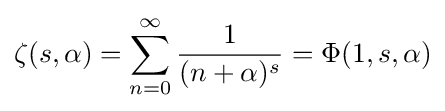
\zeta (s,\alpha )=\sum _{n=0}^{\infty }{\frac {1}{(n+\alpha )^{s}}}=\Phi (1,s,\alpha )